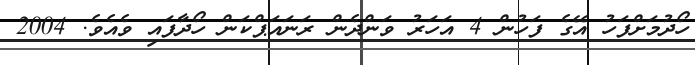
ހޯދުމަށްފަހު އޭގެ ފަހުން 4 އަހަރު ވަންދެން ރަނައަޕްކަން ހޯދާފައި ވެއެވެ. 2004